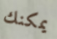
يمكنك